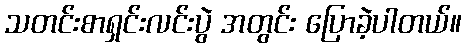
သတင်းစာရှင်းလင်းပွဲ အတွင်း ပြောခဲ့ပါတယ်။